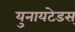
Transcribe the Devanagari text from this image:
युनायटेडस्